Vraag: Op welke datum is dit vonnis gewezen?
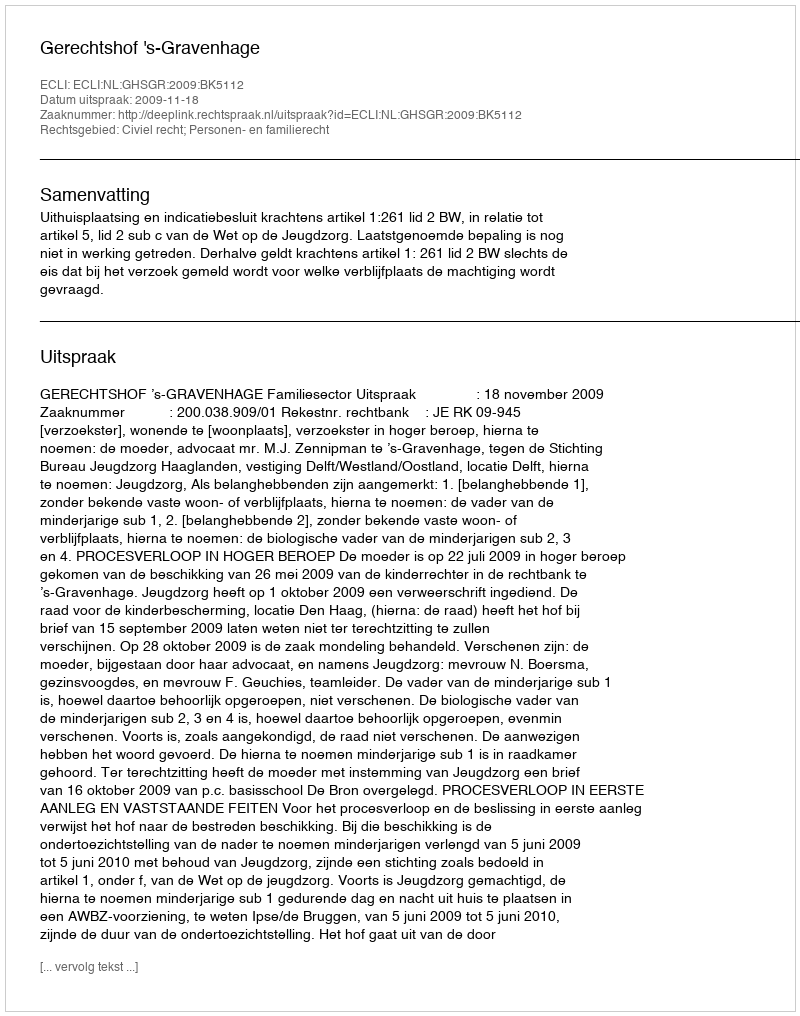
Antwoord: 2009-11-18